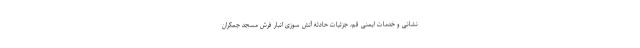
نشانی و خدمات ایمنی قم، جزئیات حادثه آتش سوزی انبار فرش مسجد جمکران